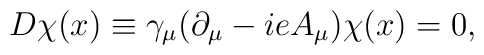
D\chi(x)\equiv\gamma_\mu(\partial_\mu-ieA_\mu)\chi(x)=0,